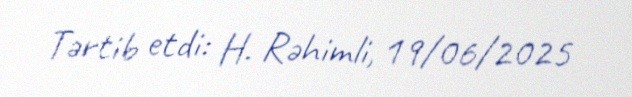
Tərtib etdi: H. Rəhimli, 19/06/2025